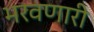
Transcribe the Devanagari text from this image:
भरवणारी